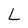
Character: L